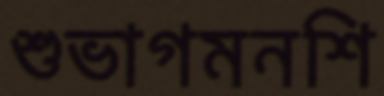
শুভাগমনশি